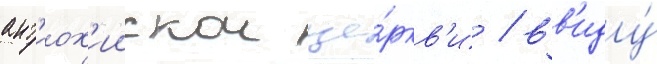
ант'иох'иискои це́ркв'и / вв'иду́